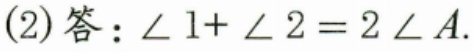
(2)答：\(\angle 1+\angle 2 = 2\angle A\).